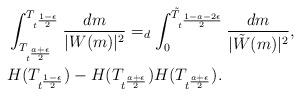
LaTeX: \begin{align*}&\int_{T_{t^{\frac{a+\epsilon}{2}}}}^{T_{t^{\frac{1-\epsilon}{2}}}}\frac{dm}{|W(m)|^2}=_d\int_0^{\tilde{T}_{t^{\frac{1-a-2\epsilon}{2}}}}\frac{dm}{|\tilde{W}(m)|^2},\\& H(T_{t^{\frac{1-\epsilon}{2}}})-H( T_{t^{\frac{a+\epsilon}{2}}}) H(T_{t^{\frac{a+\epsilon}{2}}}).\end{align*}